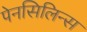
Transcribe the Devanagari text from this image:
पेनसिलिन्स